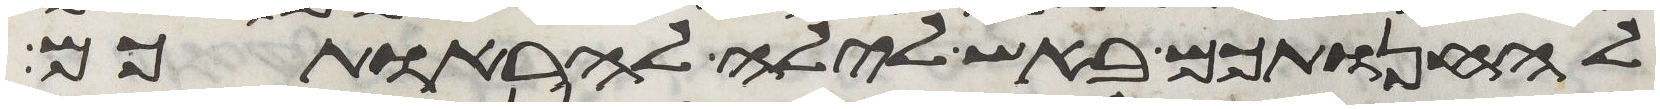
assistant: להחנותכם באש לילה להראותכם